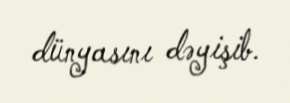
dünyasını dəyişib.